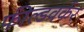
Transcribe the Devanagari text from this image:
फील्डवर्कर